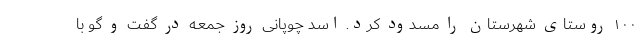
۱۰۰ روستای شهرستان را مسدود کرد. اسد چوپانی روز جمعه در گفت و گو با